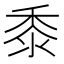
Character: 黍